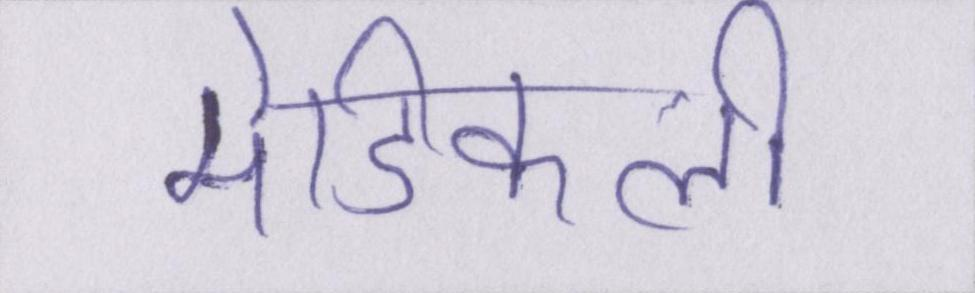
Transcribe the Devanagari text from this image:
मेडिकली